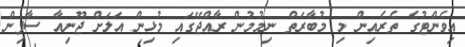
އިވެންޓުގެ ތެރެއިން މި މުބާރަތް ނިމުމުން ރާއްޖޭގައި މުޅިން އަލަށް ޖޫނިއާ ސާފިން